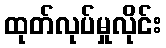
ထုတ်လုပ်မှုလိုင်း